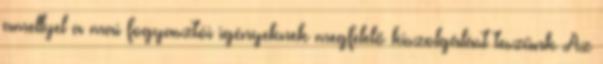
amellyel a mai fogyasztói igényeknek megfelelő kiszolgálást teszünk Az